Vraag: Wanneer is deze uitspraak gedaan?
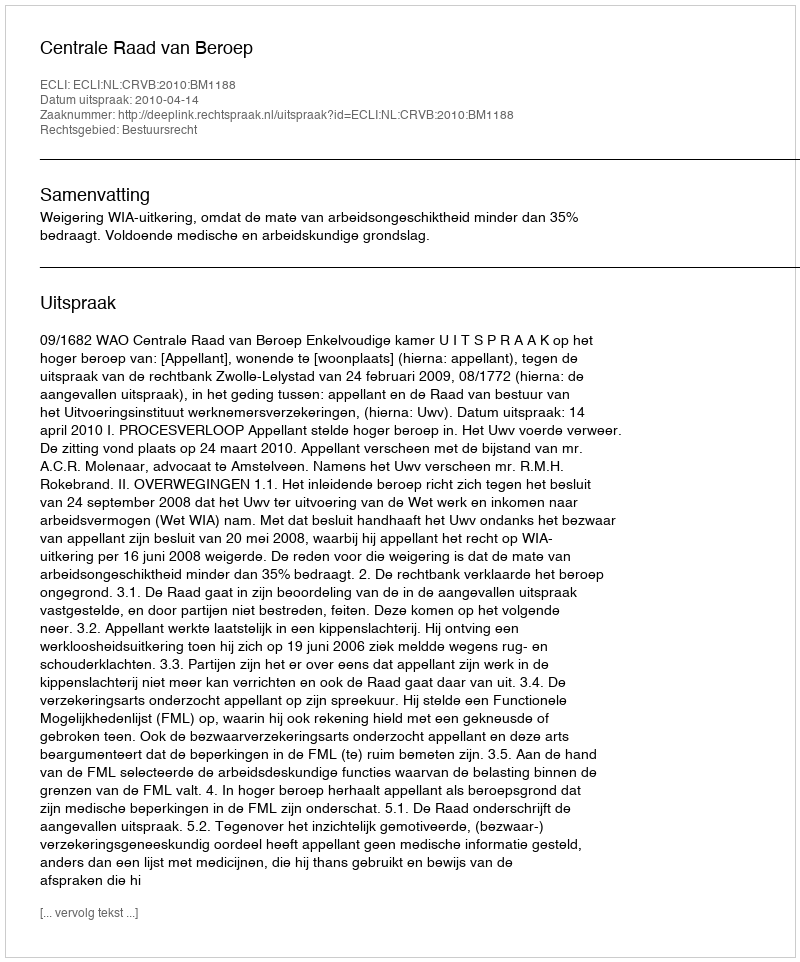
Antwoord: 2010-04-14